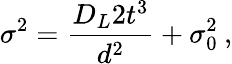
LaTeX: \sigma^{2}=\frac{D_{L}2t^{3}}{d^{2}}+\sigma_{0}^{2}\: ,